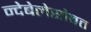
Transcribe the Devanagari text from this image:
न्देबेलेसोबत